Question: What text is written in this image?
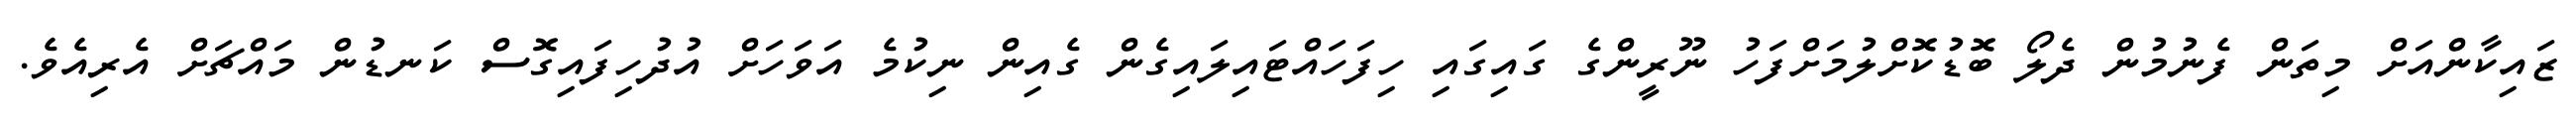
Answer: ޒައިކާންއަށް މިތަން ފެނުމުން ދެލޯ ބޮޑުކޮށްލުމަށްފަހު ނޫރީންގެ ގައިގައި ހިފަހައްޓައިލައިގެން ގެއިން ނިކުމެ އަވަހަށް އުދުހިފައިގޮސް ކަނޑުން މައްޗަށް އެރިއެވެ.